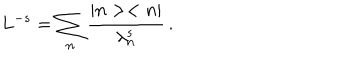
L ^ { - s } = \sum _ { n } \frac { \vert n > < n \vert } { \lambda _ { n } ^ { s } } \, .